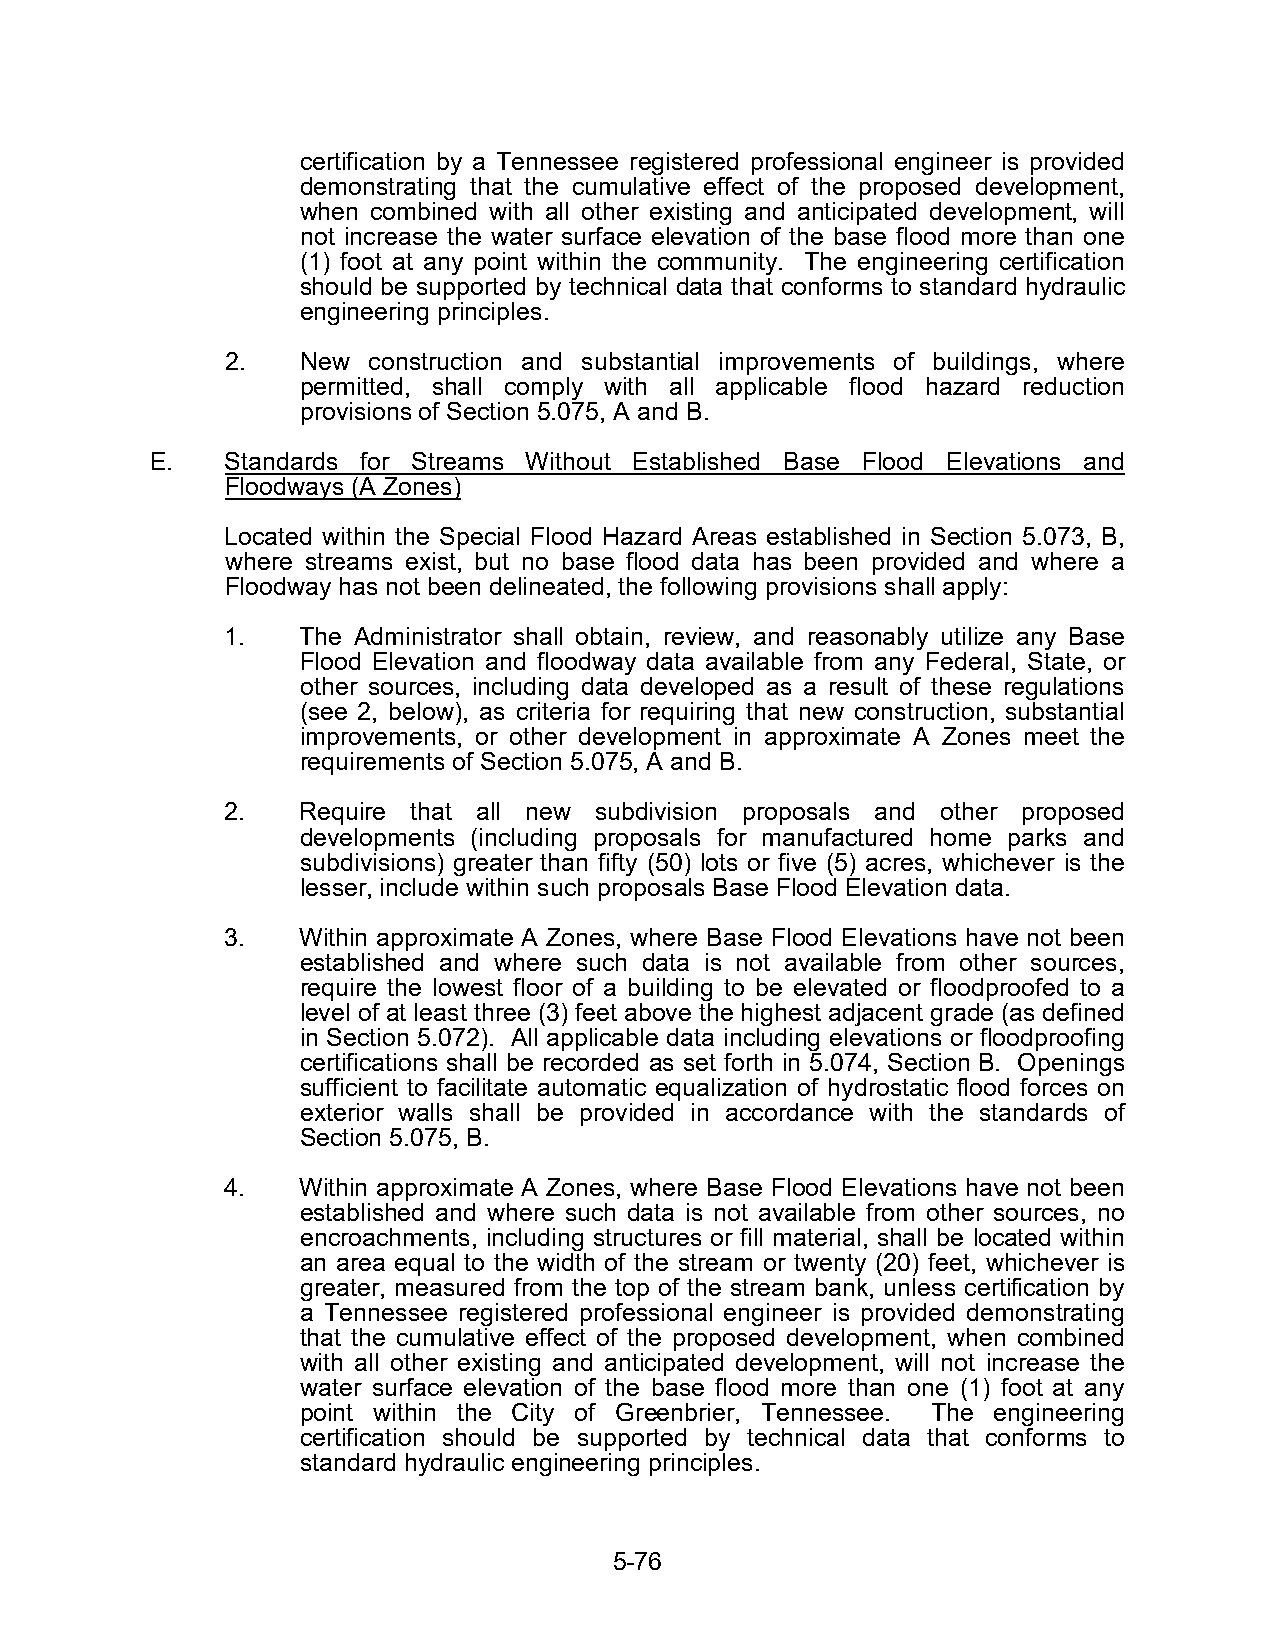
certification by a Tennessee registered professional engineer is provided
 demonstrating that the cumulative effect of the proposed development,
 when combined with all other existing and anticipated development, will
 not increase the water surface elevation of the base flood more than one
 (1) foot at any point within the community. The engineering certification
 should be supported by technical data that conforms to standard hydraulic
 engineering principles.
 2.   New construction and substantial improvements of buildings, where
 permitted, shall comply with all applicable flood hazard reduction
 provisions of Section 5.075, A and B.
 E.   Standards for Streams Without Established Base Flood Elevations and
 Floodways (A Zones)
 Located within the Special Flood Hazard Areas established in Section 5.073, B,
 where streams exist, but no base flood data has been provided and where a
 Floodway has not been delineated, the following provisions shall apply:
 1.   The Administrator shall obtain, review, and reasonably utilize any Base
 Flood Elevation and floodway data available from any Federal, State, or
 other sources, including data developed as a result of these regulations
 (see 2, below), as criteria for requiring that new construction, substantial
 improvements, or other development in approximate A Zones meet the
 requirements of Section 5.075, A and B.
 2.   Require that all new subdivision proposals and other proposed
 developments (including proposals for manufactured home parks and
 subdivisions) greater than fifty (50) lots or five (5) acres, whichever is the
 lesser, include within such proposals Base Flood Elevation data.
 3.   Within approximate A Zones, where Base Flood Elevations have not been
 established and where such data is not available from other sources,
 require the lowest floor of a building to be elevated or floodproofed to a
 level of at least three (3) feet above the highest adjacent grade (as defined
 in Section 5.072). All applicable data including elevations or floodproofing
 certifications shall be recorded as set forth in 5.074, Section B. Openings
 sufficient to facilitate automatic equalization of hydrostatic flood forces on
 exterior walls shall be provided in accordance with the standards of
 Section 5.075, B.
 4.   Within approximate A Zones, where Base Flood Elevations have not been
 established and where such data is not available from other sources, no
 encroachments, including structures or fill material, shall be located within
 an area equal to the width of the stream or twenty (20) feet, whichever is
 greater, measured from the top of the stream bank, unless certification by
 a Tennessee registered professional engineer is provided demonstrating
 that the cumulative effect of the proposed development, when combined
 with all other existing and anticipated development, will not increase the
 water surface elevation of the base flood more than one (1) foot at any
 point within the City of Greenbrier, Tennessee. The engineering
 certification should be supported by technical data that conforms to
 standard hydraulic engineering principles.
 5-76